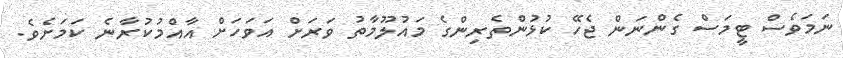
ނަމަވެސް ޓީމަސް ގެންނަން ޖެހޭ ކުޅުންތެރިންގެ މައުލޫމާތު ވަރަށް އަވަހަށް އާއްމުކުރާނެ ކަމަށެވެ.